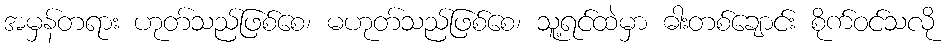
အမှန်တရား ဟုတ်သည်ဖြစ်စေ၊ မဟုတ်သည်ဖြစ်စေ၊ သူ့ရင်ထဲမှာ ဓါးတစ်ချောင်း စိုက်ဝင်သလို